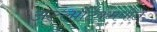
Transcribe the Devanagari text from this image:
अटलांटिकमधील